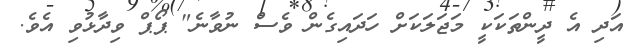
އަދި އެ ދީންތަކަކީ މަޖަލަކަށް ހަދައިގެން ވެސް ނުވާނެ" ޕޯޕް ވިދާޅުވި އެވެ.